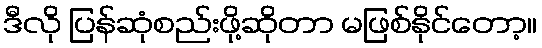
ဒီလို ပြန်ဆုံစည်းဖို့ဆိုတာ မဖြစ်နိုင်တော့။